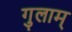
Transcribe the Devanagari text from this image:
गुलाम्